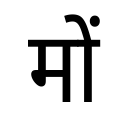
OCR:
मों